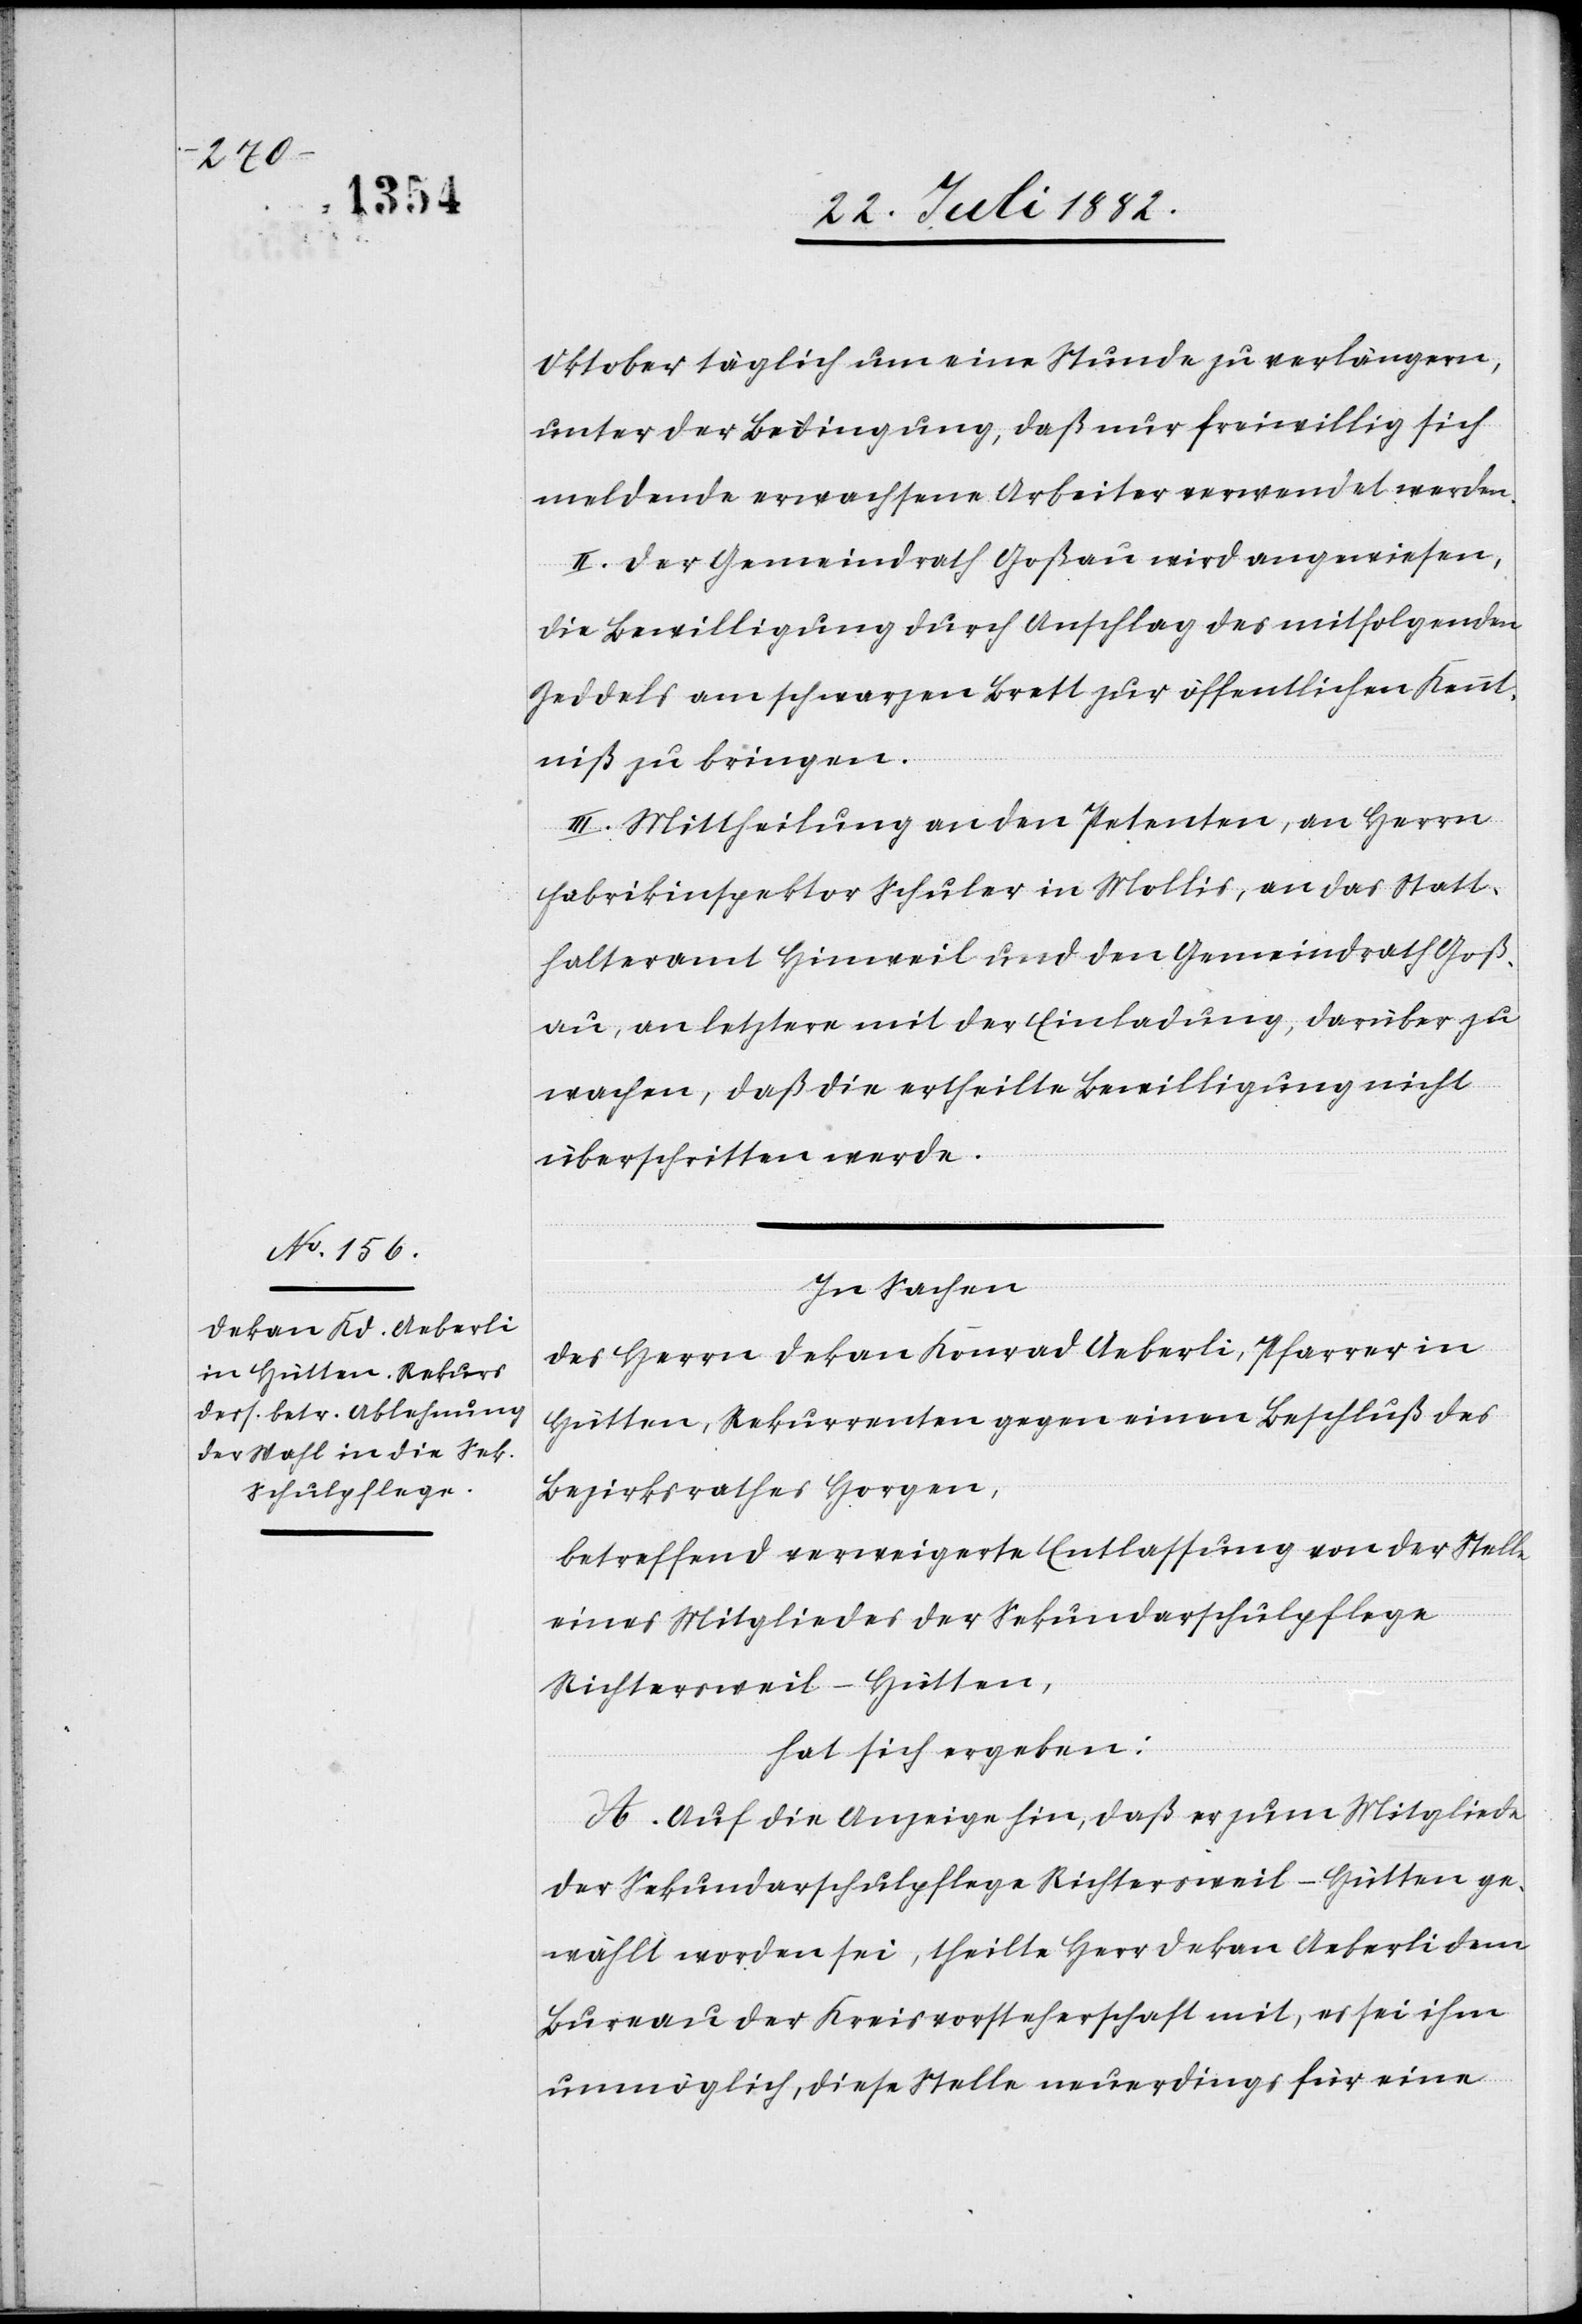
Oktober täglich um eine Stunde zu verlängern,
unter der Bedingung, daß nur freiwillig sich
meldende erwachsene Arbeiter verwendet werden.
II. Der Gemeindrath Goßau wird angewiesen,
die Bewilligung durch Anschlag des mitfolgenden
Zeddels am schwarzen Brett zur öffentlichen Kennt¬
niß zu bringen.
III. Mittheilung an den Petenten, an Herrn
Fabrikinspektor Schuler in Mollis, an das Statt¬
halteramt Hinweil und den Gemeindrath Goß¬
au, an letztere mit der Einladung, darüber zu
wachen, daß die ertheilte Bewilligung nicht
überschritten werde.
In Sachen
des Herrn Dekan Konrad Aeberli, Pfarrer in
Hütten, Rekurrenten gegen einen Beschluß des
Bezirksrathes Horgen,
betreffend verweigerte Entlassung von der Stelle
eines Mitgliedes der Sekundarschulpflege
Richtersweil-Hütten,
hat sich ergeben:
A. Auf die Anzeige hin, daß er zum Mitgliede
der Sekundarschulpflege Richtersweil-Hütten ge¬
wählt worden sei, theilte Herr Dekan Aeberli dem
Bureau der Kreisvorsteherschaft mit, es sei ihm
unmöglich, diese Stelle neuerdings für eine